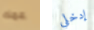
عمك إدخلي